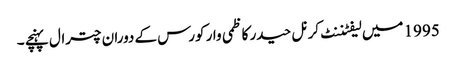
1995 میں لیفٹننٹ کرنل حیدر کاظمی وار کورس کے دوران چترال پہنچے ۔